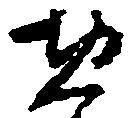
惣